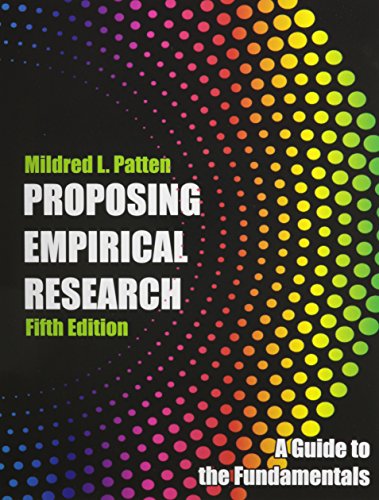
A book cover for Proposing Empirical Research Reports: Qualitative And Quantitative Approaches; M. Ling Pan; Literature & Fiction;